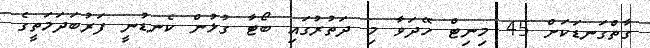
ގާތްގަނޑަކަށް 45 މިިނިޓް ހޭދަވާ މި ދަތުރުގައި ބޯޓާ ގުޅުން ކެނޑުނީ ފަރުބަދަމަތީގެ